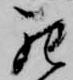
罷